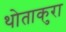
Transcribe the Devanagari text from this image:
थोताकुरा